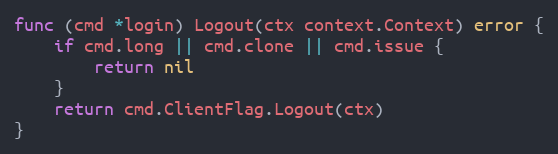
Language: Go
func (cmd *login) Logout(ctx context.Context) error {
	if cmd.long || cmd.clone || cmd.issue {
		return nil
	}
	return cmd.ClientFlag.Logout(ctx)
}